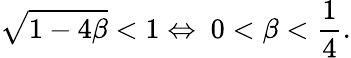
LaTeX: \sqrt{1-4\beta}<1\Leftrightarrow\ 0<\beta<{\frac{1}{4}}.